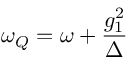
\omega _ { Q } = \omega + \frac { g _ { 1 } ^ { 2 } } { \Delta }